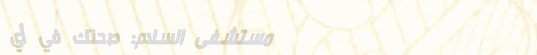
مستشفى السلام: صحتك في أي